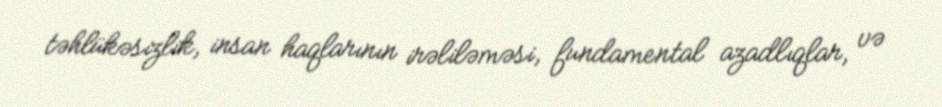
təhlükəsizlik, insan haqlarının irəliləməsi, fundamental azadlıqlar, və